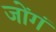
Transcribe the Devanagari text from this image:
जोंगं